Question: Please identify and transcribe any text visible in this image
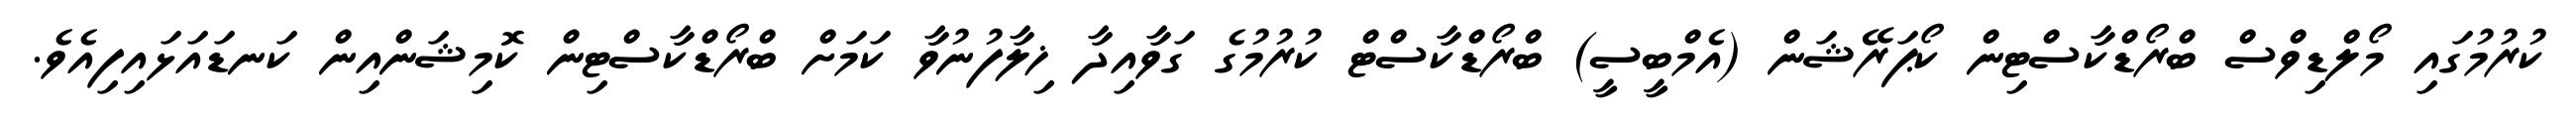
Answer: ކުރުމުގައި މޯލްޑިވްސް ބްރޯޑްކާސްޓިން ކޯޕަރޭޝަން (އެމްބީސީ) ބްރޯޑްކާސްޓް ކުރުމުގެ ގަވާއިދާ ޚިލާފުނުވާ ކަމަށް ބްރޯޑްކާސްޓިން ކޮމިޝަންއިން ކަނޑައަޅައިފިއެވެ.